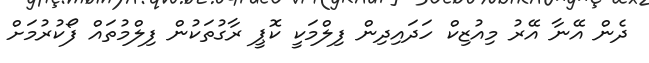
ދެން އޭނާ އޭރު މިއުޒިކް ހަދައިދިން ފިލްމަކީ ކޮޕީ ރާގުތަކުން ފިލްމުތައް ފޯކުރުމަށް